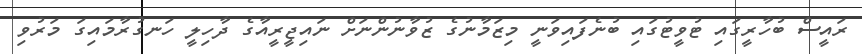
ރައީސް ބުހާރީގައި ޓުވީޓުގައި ބުނެފައިވަނީ މިޒަމާނުގެ ޒުވާނުންނަށް ނަައިޖީރީއާގެ ދާހިލީ ހަނގުރާމައިގަ މަރުވި